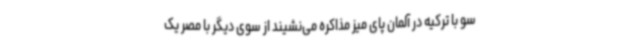
سو با ترکیه در آلمان پای میز مذاکره می‌نشیند از سوی دیگر با مصر یک